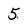
Character: 5